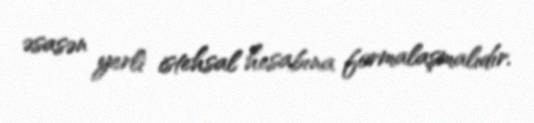
əsasən yerli istehsal hesabına formalaşmalıdır.